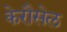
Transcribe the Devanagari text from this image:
केरौसेल